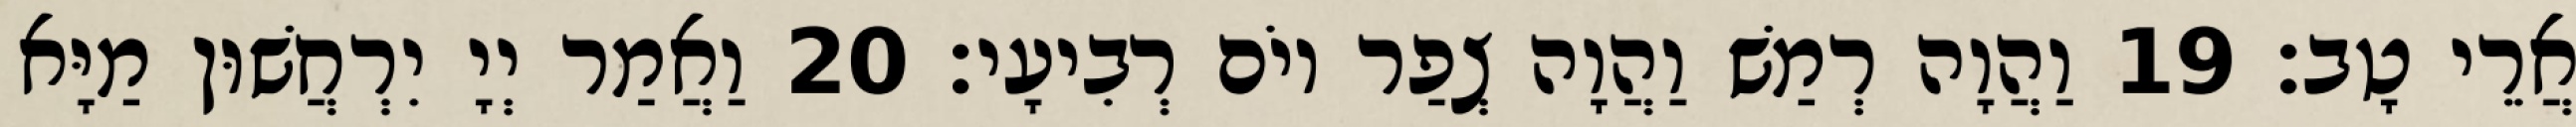
אֲרֵי טָב׃ 19 וַהֲוָה רְמַשׁ וַהֲוָה צְפַר יוֹם רְבִיעָי׃ 20 וַאֲמַר יְיָ יִרְחֲשׁוּן מַיָּא